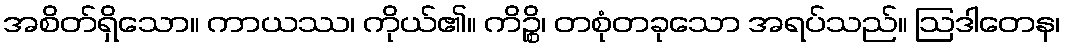
အစိတ်ရှိသော။ ကာယဿ၊ ကိုယ်၏။ ကိဉ္စိ၊ တစုံတခုသော အရပ်သည်။ ဩဒါတေန၊